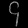
Digit: ၄